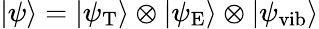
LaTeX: |\psi\rangle=|\psi_{\mathrm{T}}\rangle\otimes|\psi_{\mathrm{E}}\rangle\otimes|\psi_{\mathrm{vib}}\rangle